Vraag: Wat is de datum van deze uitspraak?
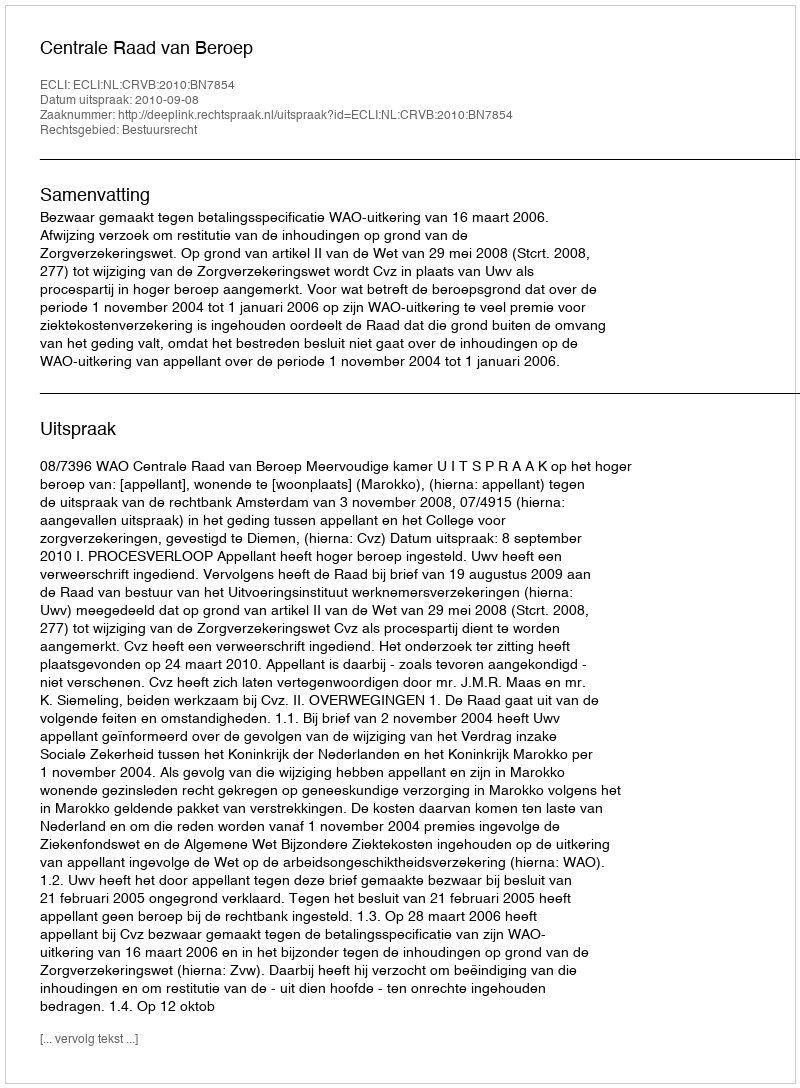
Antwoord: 2010-09-08